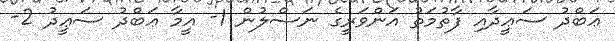
ޢަބްދު ސަޢީދާއި ފާތުމަތު އަންވަރީގެ ނަސްލުން 1- އީމާ ޢަބްދު ސަޢީދު 2-